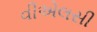
વીએલસી